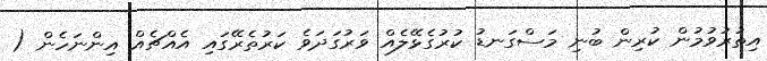
އިތުރުވުމުން ކުރިން ބުނި މަސްގަނޑު ކުރުގެޅޭލެއް ވަރުގަދަވެ ކަރުތެރޭގައި އެއްޗެއް އިންނަހެން (